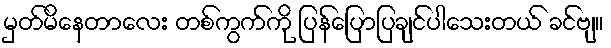
မှတ်မိနေတာလေး တစ်ကွက်ကို ပြန်ပြောပြချင်ပါသေးတယ် ခင်ဗျ။